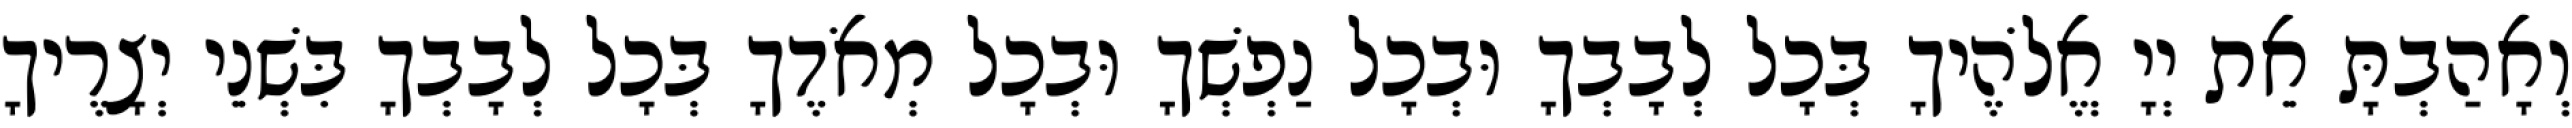
וְאָהַבְתָּ אֵת יְיָ אֱלֹהֶיךָ בְּכָל לְבָבְךָ וּבְכָל נַפְשְׁךָ וּבְכָל מְאֹדֶךָ בְּכָל לְבָבְךָ בִּשְׁנֵי יְצָרֶיךָ